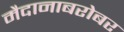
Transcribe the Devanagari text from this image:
मैदानाबरोबर